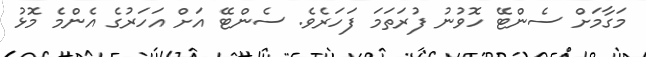
މަގާމަށް ސެންޓޭ ހޮވުނު ފުރަތަމަ ފަހަރެވެ. ސެންޓޭ އަށް އަހަރުގެ އެންމެ މޮޅު